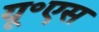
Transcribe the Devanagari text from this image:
यू॰एस